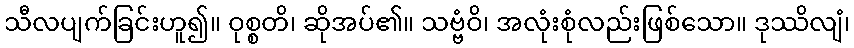
သီလပျက်ခြင်းဟူ၍။ ဝုစ္စတိ၊ ဆိုအပ်၏။ သဗ္ဗံဝိ၊ အလုံးစုံလည်းဖြစ်သော။ ဒုဿိလျံ၊